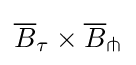
{\overline {B}}_{\tau }\times {\overline {B}}_{\pitchfork }